Vaccination in Bombay 1889-1901 - 1889-1901
Year: 1889
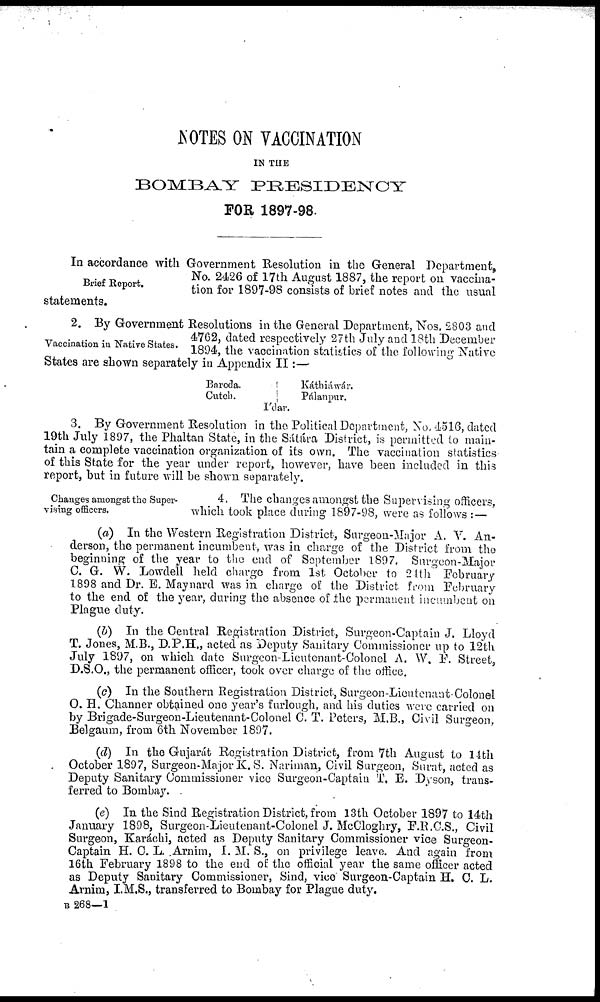
NOTES ON VACCINATION
IN THE
BOMBAY
PRESIDENCY
FOR 1897-98.
Brief Report.
In accordance with Government Resolution in the General Department,
No. 2426 of 17th August 1887, the report on vaccina-
tion for 1897-98 consists of brief notes and the usual
statements.
Vaccination in Native States.
2. By Government Resolutions in the General Department, Nos. 2803 and
4762, dated respectively 27th July and 18th December
1894, the vaccination statistics of the following Native
States are shown separately in Appendix II:—
Baroda.
Cutch.
Káthiáwár.
Pálanpur.
I'dar.
3. By Government Resolution in the Political Department, No. 4516, dated
19th July 1897, the Phaltan State, in the Sátára District, is permitted to main-
tain a complete vaccination organization of its own. The vaccination statistics
of this State for the year under report, however, have been included in this
report, but in future will be shown separately.
Changes amongst the Super-
vising officers.
4. The changes amongst the Supervising officers,
which took place during 1897-98, were as follows : —
(a) In the Western Registration District, Surgeon-Major A. V. An-
derson, the permanent incumbent, was in charge of the District from the
beginning of the year to the end of September 1897. Surgeon-Major
C. G. W. Lowdell held charge from 1st October to 24th February
1898 and Dr. E. Maynard was in charge of the District from February
to the end of the year, during the absence of the permanent incumbent on
Plague duty.
(b) In the Central Registration District, Surgeon-Captain J. Lloyd
T. Jones, M.B., D.P.H., acted as Deputy Sanitary Commissioner up to 12th
July 1897, on which date Surgeon-Lieutenant-Colonel A. W. F. Street,
D.S.O., the permanent officer, took over charge of the office.
(c) In the Southern Registration District, Surgeon-Lieutenan Colonel
O. H. Channer obtained one year's furlough, and his duties were carried on
by Brigade-Surgeon-Lieutenant-Colonel C. T. Peters, M.B., Civil Surgeon,
Belgaum, from 6th November 1897.
(d) In the Gujarát Registration District, from 7th August to 14th
October 1897, Surgeon-Major K. S. Nariman, Civil Surgeon, Surat, acted as
Deputy Sanitary Commissioner vice Surgeon-Captain T. E. Dyson, trans-
ferred to Bombay. .
(e) In the Sind Registration District, from 13th October 1897 to 14th
January 1898, Surgeon-Lieutenant-Colonel J. McCloghry, F.R.C.S., Civil
Surgeon, Karáchi, acted as Deputy Sanitary Commissioner vice Surgeon-
Captain H. C. L. Arnim, I. M. S., on privilege leave. And again from
16th February 1898 to the end of the official year the same officer acted
as Deputy Sanitary Commissioner, Sind, vice Surgeon-Captain H. C. L.
Arnim, I.M.S., transferred to Bombay for Plague duty.
B 268—1